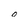
Character: 0